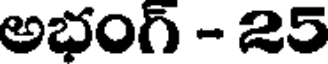
అభంగ్ - 25